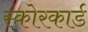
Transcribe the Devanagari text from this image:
स्‍कोरकार्ड